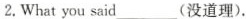
2.What you said___(没道理).